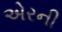
એરની